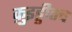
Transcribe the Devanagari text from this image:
क़ुइड्डीतच